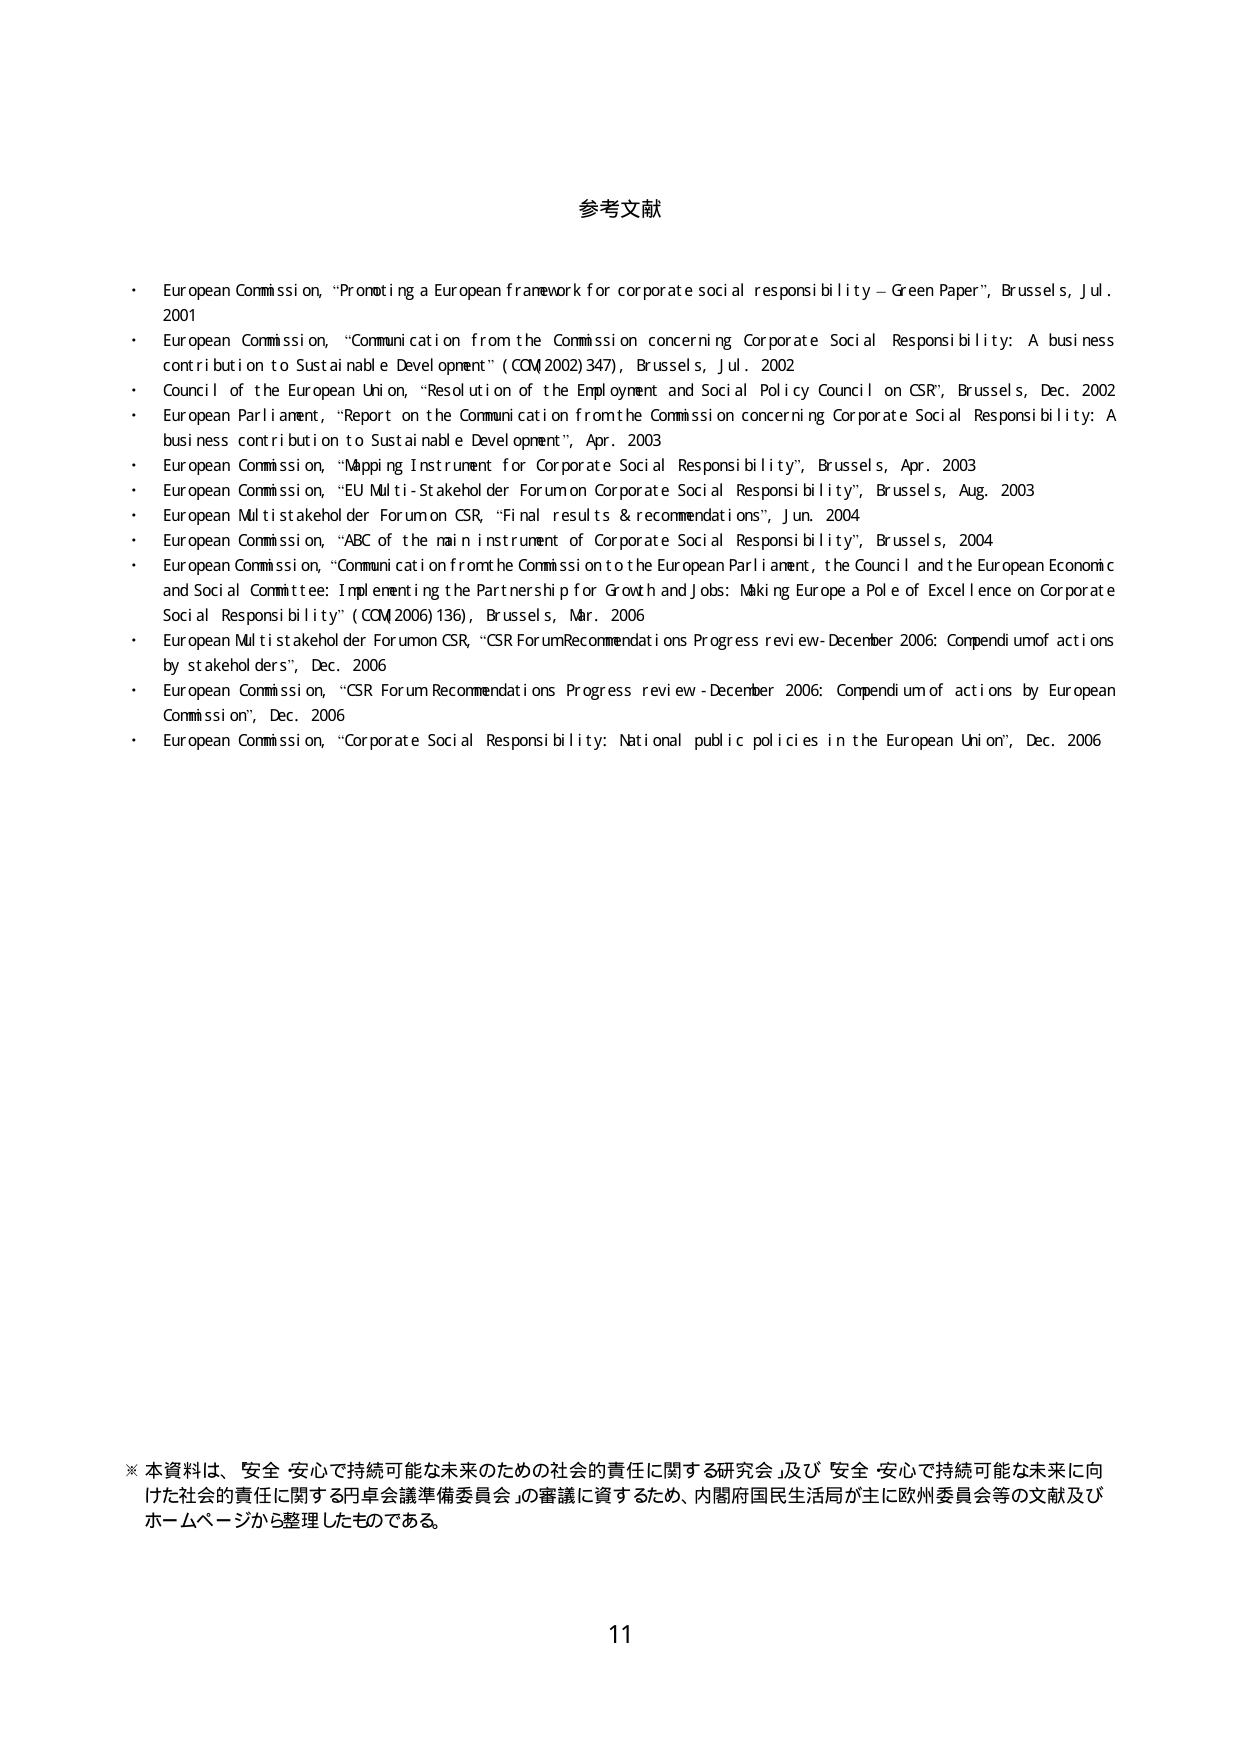
参考文献

・ European Commission, “Promoting a European framework for corporate social responsibility – Green Paper”, Brussels, Jul. 2001
・ European Commission, “Communication from the Commission concerning Corporate Social Responsibility: A business contribution to Sustainable Development” (COM 2002) 347), Brussels, Jul. 2002
・ Council of the European Union, “Resolution of the Employment and Social Policy Council on CSR”, Brussels, Dec. 2002
・ European Parliament, “Report on the Communication from the Commission concerning Corporate Social Responsibility: A business contribution to Sustainable Development”, Apr. 2003
・ European Commission, “Mapping Instrument for Corporate Social Responsibility”, Brussels, Apr. 2003
・ European Commission, “EU Multi-Stakeholder Forum on Corporate Social Responsibility”, Brussels, Aug. 2003
・ European Multi-stakeholder Forum on CSR, “Final results & recommendations”, Jun. 2004
・ European Commission, “ABC of the main instrument of Corporate Social Responsibility”, Brussels, 2004
・ European Commission, “Communication from the Commission to the European Parliament, the Council and the European Economic and Social Committee: Implementing the Partnership for Growth and Jobs: Making Europe a Pole of Excellence on Corporate Social Responsibility” (COM 2006) 136), Brussels, Mar. 2006
・ European Multi-stakeholder Forum on CSR, “CSR Forum Recommendations Progress review - December 2006: Compendium of actions by stakeholders”, Dec. 2006
・ European Commission, “CSR Forum Recommendations Progress review - December 2006: Compendium of actions by European Commission”, Dec. 2006
・ European Commission, “Corporate Social Responsibility: National public policies in the European Union”, Dec. 2006

※ 本資料は、安全・安心で持続可能な未来のための社会的責任に関する研究会、及び「安全・安心で持続可能な未来に向けた社会的責任に関する円卓会議準備委員会」の審議に資するため、内閣府国民生活局が主に欧州委員会等の文献及びホームページから整理したものである。

11